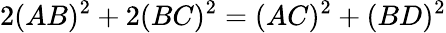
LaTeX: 2(AB)^{2}+2(BC)^{2}=(AC)^{2}+(BD)^{2}